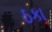
ઠકા